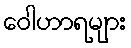
ဝေါဟာရများ